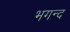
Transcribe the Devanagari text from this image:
भगन्द